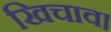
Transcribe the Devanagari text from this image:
खिचाव।